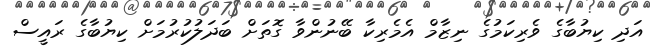
އަދި ކިޔުބާގެ ވެރިކަމުގެ ނިޒާމް އެމެރިކާ ބޭނުންވާ ގޮތަށް ބަދަލުކުރުމަށް ކިޔުބާގެ ރައީސް